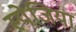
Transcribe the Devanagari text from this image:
स्पेजिया